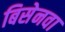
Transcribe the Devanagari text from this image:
बिसेनवा